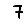
Digit: 7